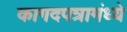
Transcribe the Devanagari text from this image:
कागदपत्रामंध्ये